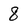
Character: 8